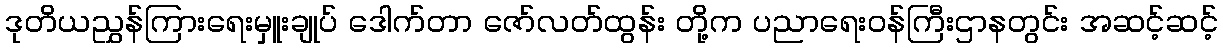
ဒုတိယညွှန်ကြားရေးမှူးချုပ် ဒေါက်တာ ဇော်လတ်ထွန်း တို့က ပညာရေးဝန်ကြီးဌာနတွင်း အဆင့်ဆင့်